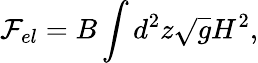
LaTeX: \mathcal F_{el}=B\int d^{2}z\sqrt{g}H^{2},